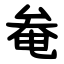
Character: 奙